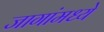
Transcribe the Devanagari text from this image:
जागांमध्ये